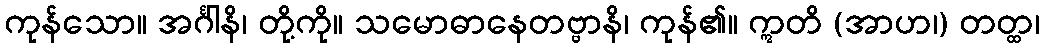
ကုန်သော။ အင်္ဂါနိ၊ တို့ကို။ သမောဓာနေတဗ္ဗာနိ၊ ကုန်၏။ ဣတိ (အာဟ၊) တတ္ထ၊